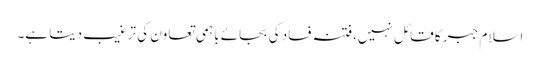
اسلام جبر کا قائل نہیں،فتنہ فساد کی بجائے باہمی تعاون کی ترغیب دیتا ہے۔